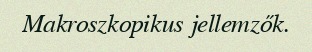
Makroszkopikus jellemzők.